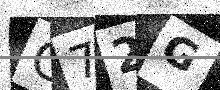
Text: G72G